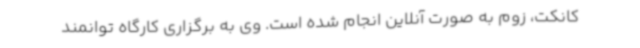
کانکت، زوم به صورت آنلاین انجام شده است. وی به برگزاری کارگاه توانمند